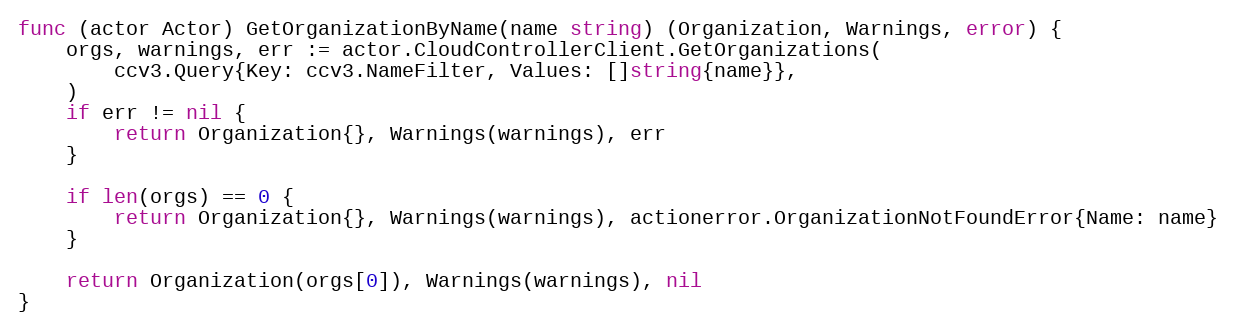
Language: Go
func (actor Actor) GetOrganizationByName(name string) (Organization, Warnings, error) {
	orgs, warnings, err := actor.CloudControllerClient.GetOrganizations(
		ccv3.Query{Key: ccv3.NameFilter, Values: []string{name}},
	)
	if err != nil {
		return Organization{}, Warnings(warnings), err
	}

	if len(orgs) == 0 {
		return Organization{}, Warnings(warnings), actionerror.OrganizationNotFoundError{Name: name}
	}

	return Organization(orgs[0]), Warnings(warnings), nil
}